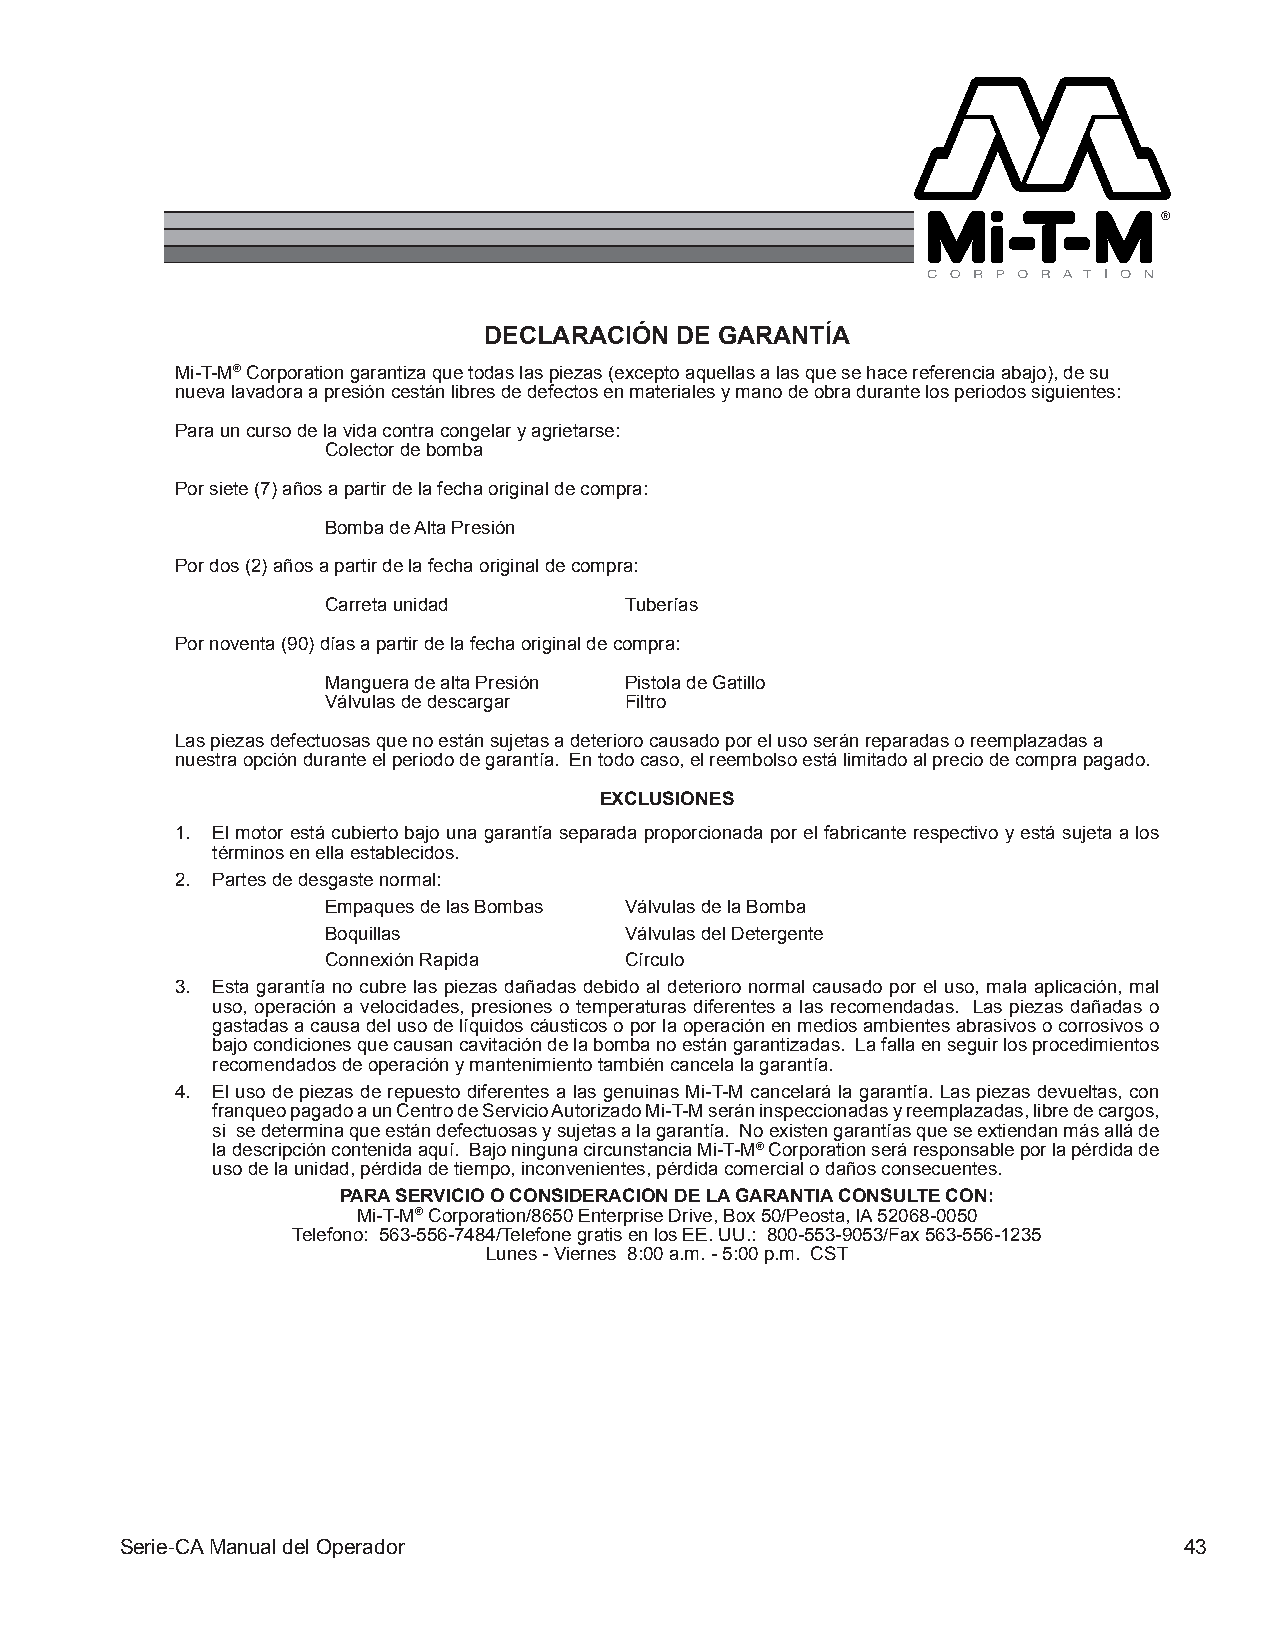
DECLARACIÓN  DE GARANTÍA
 Mi-T-M® Corporation garantiza que todas las piezas (excepto aquellas a las que se hace referencia abajo), de su
 nueva lavadora a presión cestán libres de defectos en materiales y mano de obra durante los periodos siguientes:
 Para un curso de la vida contra congelar y agrietarse:
 Colector de bomba
 Por siete (7) años a partir de la fecha original de compra:
 Bomba de Alta Presión
 Por dos (2) años a partir de la fecha original de compra:
 Carreta unidad     Tuberías
 Por noventa (90) días a partir de la fecha original de compra:
 Manguera de alta Presión Pistola de Gatillo
 Válvulas de descargar Filtro
 Las piezas defectuosas que no están sujetas a deterioro causado por el uso serán reparadas o reemplazadas a
 nuestra opción durante el periodo de garantía. En todo caso, el reembolso está limitado al precio de compra pagado.
 EXCLUSIONES
 1. El motor está cubierto bajo una garantía separada proporcionada por el fabricante respectivo y está sujeta a los
 términos en ella establecidos.
 2. Partes de desgaste normal:
 Empaques de las Bombas Válvulas de la Bomba
 Boquillas          Válvulas del Detergente
 Connexión Rapida   Círculo
 3. Esta garantía no cubre las piezas dañadas debido al deterioro normal causado por el uso, mala aplicación, mal
 uso, operación a velocidades, presiones o temperaturas diferentes a las recomendadas. Las piezas dañadas o
 gastadas a causa del uso de líquidos cáusticos o por la operación en medios ambientes abrasivos o corrosivos o
 bajo condiciones que causan cavitación de la bomba no están garantizadas. La falla en seguir los procedimientos
 recomendados de operación y mantenimiento también cancela la garantía.
 4. El uso de piezas de repuesto diferentes a las genuinas Mi-T-M cancelará la garantía. Las piezas devueltas, con
 franqueo pagado a un Centro de Servicio Autorizado Mi-T-M serán inspeccionadas y reemplazadas, libre de cargos,
 si se determina que están defectuosas y sujetas a la garantía. No existen garantías que se extiendan más allá de
 la descripción contenida aquí. Bajo ninguna circunstancia Mi-T-M® Corporation será responsable por la pérdida de
 uso de la unidad, pérdida de tiempo, inconvenientes, pérdida comercial o daños consecuentes.
 PARA SERVICIO O CONSIDERACION DE LA GARANTIA CONSULTE CON:
 Mi-T-M® Corporation/8650 Enterprise Drive, Box 50/Peosta, IA 52068-0050
 Telefono: 563-556-7484/Telefone gratis en los EE. UU.: 800-553-9053/Fax 563-556-1235
 Lunes - Viernes 8:00 a.m. - 5:00 p.m. CST
 Serie-CA Manual del Operador                                          43